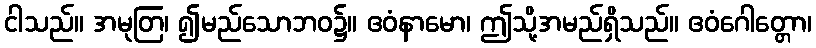
ငါသည်။ အမုတြ၊ ၍မည်သောဘဝ၌။ ဧဝံနာမော၊ ဤသို့အမည်ရှိသည်။ ဧဝံဂေါတ္တော၊